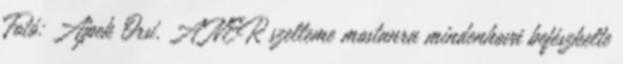
Fotó: Ajpek Orsi. A NER szelleme mostanra mindenhová befészkelte